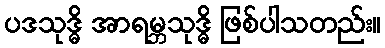
ပဒသုဒ္ဓိ အာရမ္ဘသုဒ္ဓိ ဖြစ်ပါသတည်း။